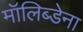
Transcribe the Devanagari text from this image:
मॉलिब्डेना